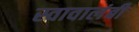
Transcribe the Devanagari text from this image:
स्वावालंबी